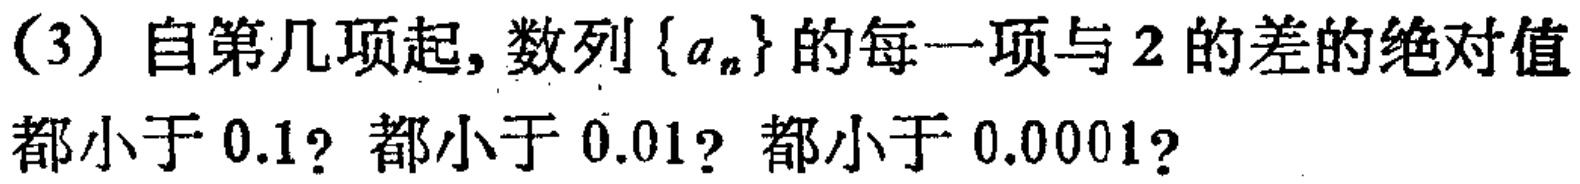
(3) 自第几项起, 数列\(\{ a_{n}\}\)的每一项与 \(2\) 的差的绝对值都小于 \(0.1\)? 都小于 \(0.01\)? 都小于 \(0.0001\)?